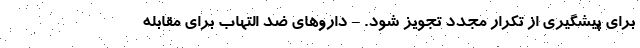
برای پیشگیری از تکرار مجدد تجویز شود. - داروهای ضد التهاب برای مقابله